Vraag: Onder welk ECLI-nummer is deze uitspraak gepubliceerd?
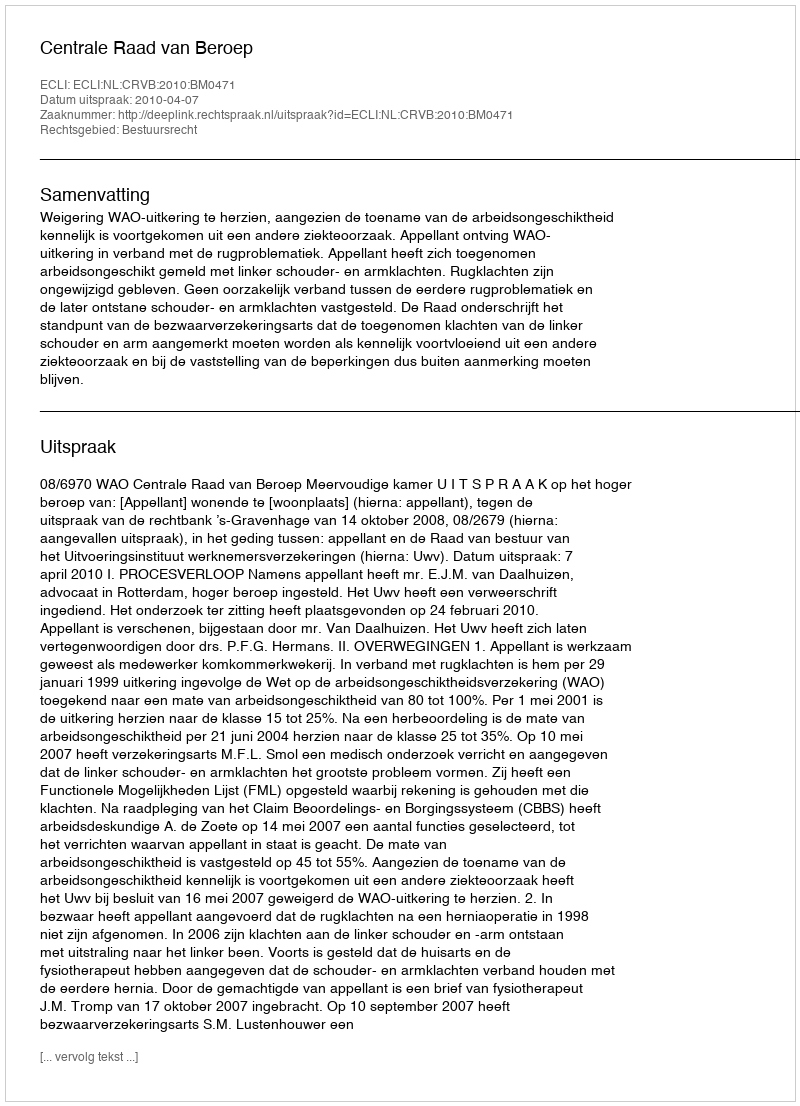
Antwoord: ECLI:NL:CRVB:2010:BM0471